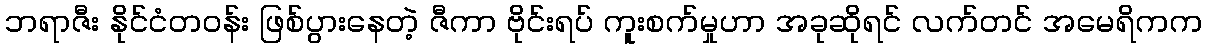
ဘရာဇီး နိုင်ငံတဝန်း ဖြစ်ပွားနေတဲ့ ဇီကာ ဗိုင်းရပ် ကူးစက်မှုဟာ အခုဆိုရင် လက်တင် အမေရိကက